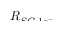
\smash { R _ { S C , 1 e ^ { - } } }